Plague in India, 1896, 1897 - Volume 3
Year: 1896
Disease focus: Plague
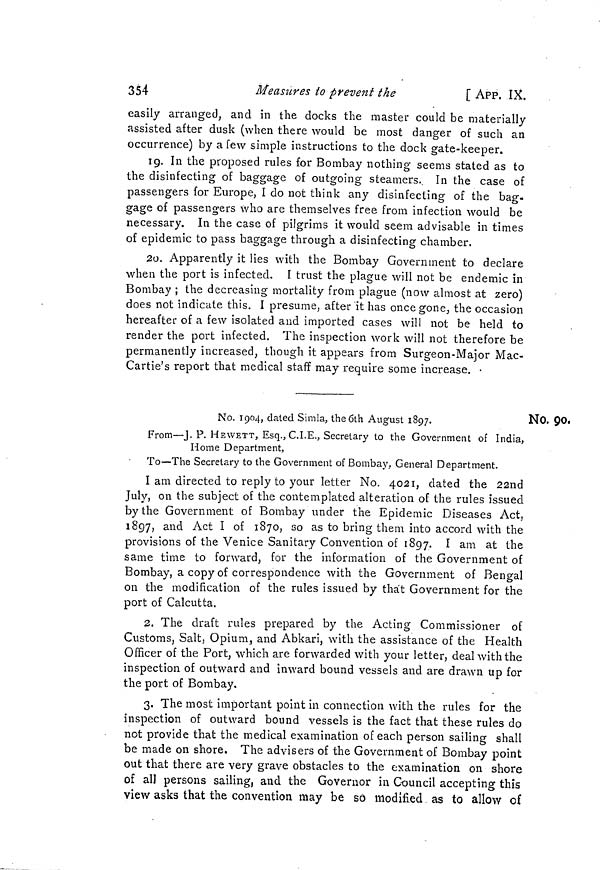
354
Measures to prevent the
[ APP. IX.
easily arranged, and in the docks the master could be materially
assisted after dusk (when there would be most danger of such an
occurrence) by a few simple instructions to the dock gate-keeper.
19. In the proposed rules for Bombay nothing seems stated as to
the disinfecting of baggage of outgoing steamers. In the case of
passengers for Europe, I do not think any disinfecting of the bag-
gage of passengers who are themselves free from infection would be
necessary. In the case of pilgrims it would seem advisable in times
of epidemic to pass baggage through a disinfecting chamber.
20. Apparently it lies with the Bombay Government to declare
when the port is infected. I trust the plague will not be endemic in
Bombay ; the decreasing mortality from plague (now almost at zero)
does not indicate this. I presume, after it has once gone, the occasion
hereafter of a few isolated and imported cases will not be held to
render the port infected. The inspection work will not therefore be
permanently increased, though it appears from Surgeon-Major Mac-
Cartie's report that medical staff may require some increase.
No. 90.
No. 1904, dated Simla, the 6th August 1897.
From—J. P. HEWETT, Esq., C.I.E., Secretary to the Government of India,
Home Department,
To—The Secretary to the Government of Bombay. General Department.
I am directed to reply to your letter No. 4021, dated the 22nd
July, on the subject of the contemplated alteration of the rules issued
by the Government of Bombay under the Epidemic Diseases Act,
1897, and Act I of 1870, so as to bring them into accord with the
provisions of the Venice Sanitary Convention of 1897. I am at the
same time to forward, for the information of the Government of
Bombay, a copy of correspondence with the Government of Bengal
on the modification of the rules issued by that Government for the
port of Calcutta.
2. The draft rules prepared by the Acting Commissioner of
Customs, Salt, Opium, and Abkari, with the assistance of the Health
Officer of the Port, which are forwarded with your letter, deal with the
inspection of outward and inward bound vessels and are drawn up for
the port of Bombay.
3. The most important point in connection with the rules for the
inspection of outward bound vessels is the fact that these rules do
not provide that the medical examination of each person sailing shall
be made on shore. The advisers of the Government of Bombay point
out that there are very grave obstacles to the examination on shore
of all persons sailing, and the Governor in Council accepting this
view asks that the convention may be so modified as to allow of